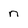
Character: n